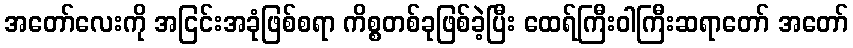
အတော်လေးကို အငြင်းအခုံဖြစ်စရာ ကိစ္စတစ်ခုဖြစ်ခဲ့ပြီး ထေရ်ကြီးဝါကြီးဆရာတော် အတော်